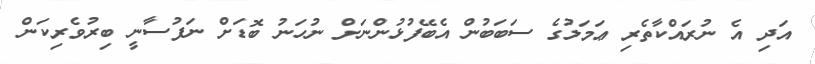
އަދި އެ ނުރައްކާތެރި ޢަމަލުގެ ސަބަބުން އެބޭފުޅުންނަށް ނުހަނު ބޮޑަށް ނަފުސާނީ ބިރުވެރިކަން